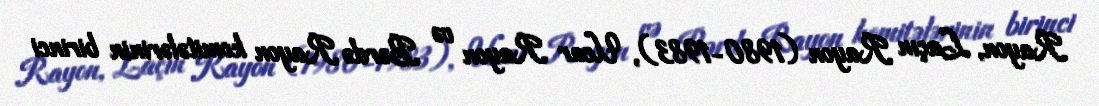
Rayon, Laçın Rayon (1980-1983), Ucar Rayon və Bərdə Rayon komitələrinin birinci